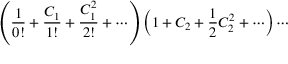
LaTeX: \left( { \frac { 1 } { 0 ! } } + { \frac { C _ { 1 } } { 1 ! } } + { \frac { C _ { 1 } ^ { 2 } } { 2 ! } } + \cdots \right) \left( 1 + C _ { 2 } + { \frac { 1 } { 2 } } C _ { 2 } ^ { 2 } + \cdots \right) \cdots